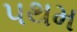
પથમ